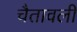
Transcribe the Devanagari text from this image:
चैतावली